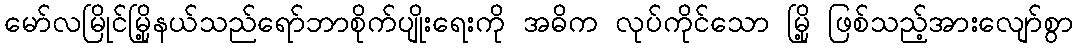
မော်လမြိုင်မြို့နယ်သည်ရော်ဘာစိုက်ပျိုးရေးကို အဓိက လုပ်ကိုင်သော မြို့ ဖြစ်သည့်အားလျော်စွာ